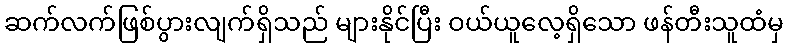
ဆက်လက်ဖြစ်ပွားလျက်ရှိသည် များနိုင်ပြီး ဝယ်ယူလေ့ရှိသော ဖန်တီးသူထံမှ